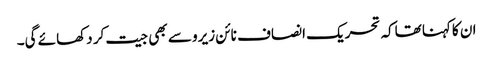
ان کاکہنا تھاکہ تحریک انصاف نائن زیرو سے بھی جیت کر دکھائے گی۔